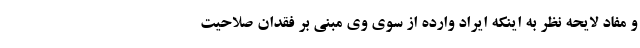
و مفاد لایحه نظر به اینکه ایراد وارده از سوی وی مبنی بر فقدان صلاحیت